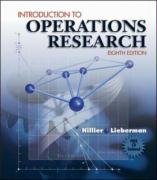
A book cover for Introduction to Operations Research; Frederick S. Hillier; Business & Money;